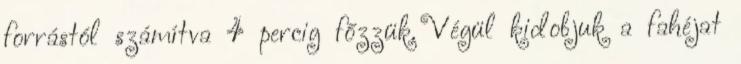
forrástól számítva 4 percig főzzük. Végül kidobjuk a fahéjat